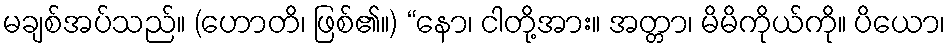
မချစ်အပ်သည်။ (ဟောတိ၊ ဖြစ်၏။) “နော၊ ငါတို့အား။ အတ္တာ၊ မိမိကိုယ်ကို။ ပိယော၊